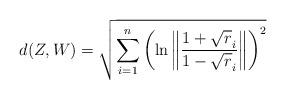
LaTeX: \begin{align*} d(Z,W)=\sqrt{\sum_{i=1}^n\left(\ln\left\|\frac{1+\sqrt r_i}{1-\sqrt r_i}\right\|\right)^2}\end{align*}